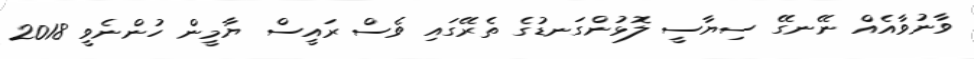
ވާނުވާއެއް ނޭނގޭ ސިޔާސީ ލޮޅުންގަނޑުގެ ތެރޭގައި ވެސް ރައީސް ޔާމީން ހުންނެވީ 2018